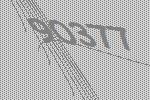
90377